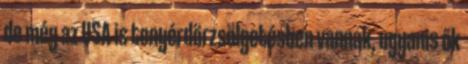
de még az USA is tenyérdörzsölgetésben vannak, ugyanis ők